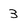
Character: 3